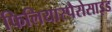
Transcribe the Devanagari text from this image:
फिलियास्पैरोसाइड